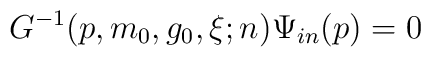
G^{-1}(p,m_{0},g_{0},\xi;n)\Psi_{in}(p)=0